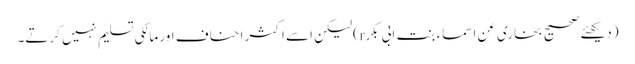
(دیکھئے صحیح بخاری عن اسماء بنت ابی بکرr)لیکن اسے اکثر احناف اور مالکی تسلیم نہیں کرتے۔